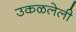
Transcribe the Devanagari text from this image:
उकळलेली